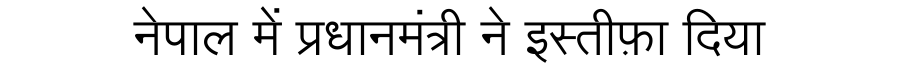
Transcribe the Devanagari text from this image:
नेपाल में प्रधानमंत्री ने इस्तीफ़ा दिया